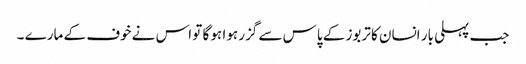
جب پہلی بار انسان کا تربوز کے پاس سے گزر ہوا ہو گا تو اس نے خوف کے مارے ۔